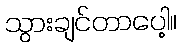
သွားချင်တာပေါ့။